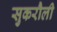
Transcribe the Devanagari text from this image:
सुकरौली